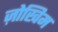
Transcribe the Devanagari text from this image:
ज़ोखिम